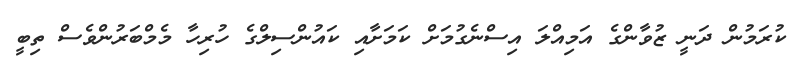
ކުރަމުން ދަނީ ޒުވާންގެ އަމިއްލަ އިސްނެގުމަށް ކަމަށާއި ކައުންސިލްގެ ހުރިހާ މެމްބަރުންވެސް ތިބީ